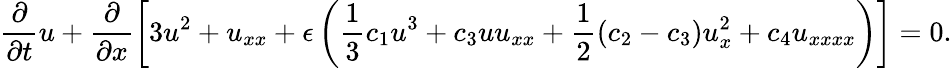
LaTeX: \frac{\partial}{\partial t}u+\frac{\partial}{\partial x}\left[3u^{2}+u_{xx}+\epsilon\left(\frac{1}{3}c_{1}u^{3}+c_{3}uu_{xx}+\frac{1}{2}\left(c_{2}-c_{3}\right)u_{x}^{2}+c_{4}u_{xxxx}\right)\right]=0.